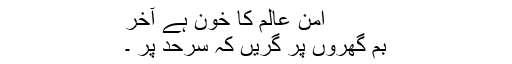
امن عالم کا خون ہے آخر
بم گھروں پر گریں کہ سرحد پر ۔